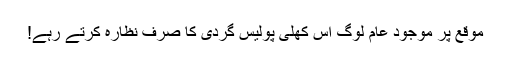
موقع پر موجود عام لوگ اس کھلی پولیس گردی کا صرف نظارہ کرتے رہے!